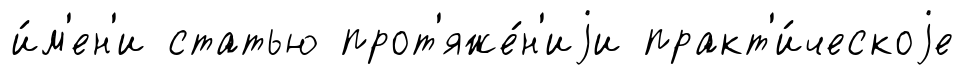
и́м'ен'и статью прот'яже́н'иjи практ'и́ческоjе